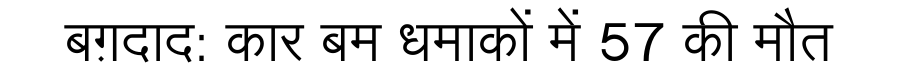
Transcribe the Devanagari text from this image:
बग़दाद: कार बम धमाकों में 57 की मौत